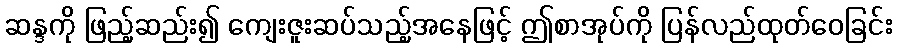
ဆန္ဒကို ဖြည့်ဆည်း၍ ကျေးဇူးဆပ်သည့်အနေဖြင့် ဤစာအုပ်ကို ပြန်လည်ထုတ်ဝေခြင်း